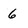
Character: 6